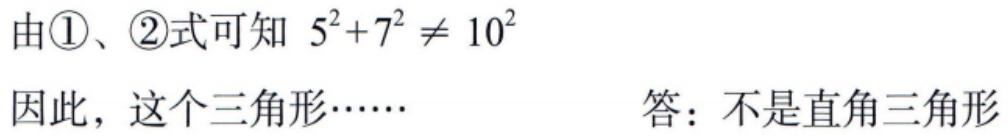
由\textcircled{1}、\textcircled{2}式可知 \(5^{2}+7^{2} \neq 10^{2}\)
因此，这个三角形…… 答：不是直角三角形